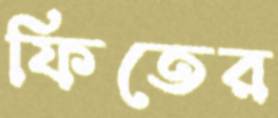
ফিতের